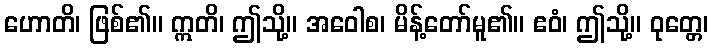
ဟောတိ၊ ဖြစ်၏။ ဣတိ၊ ဤသို့။ အဝေါစ၊ မိန့်တော်မူ၏။ ဧဝံ၊ ဤသို့။ ဝုတ္တေ၊